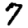
Digit: 7